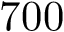
7 0 0